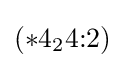
(*4_{2}4{:}2)